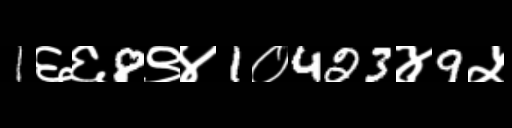
Text: 1६६8९४1०423४9५